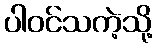
ပါဝင်သကဲ့သို့